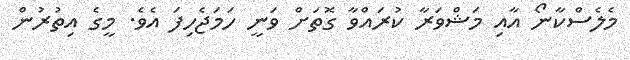
މެލެސްކާނޯ އާއި މަޝްވަރާ ކުރައްވާ ގޮތަށް ވަނީ ހަމަޖެހިފަ އެވެ. މީގެ އިތުރުން